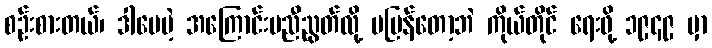
စဉ်းစားတယ်၊ ဒါပေမဲ့ အကြောင်းမညီညွတ်လို့ မပြန်တော့ဘဲ ကိုယ်တိုင် ရေးဖို့ ၁၉၄၉ မှာ